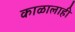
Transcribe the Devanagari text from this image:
काळालाही